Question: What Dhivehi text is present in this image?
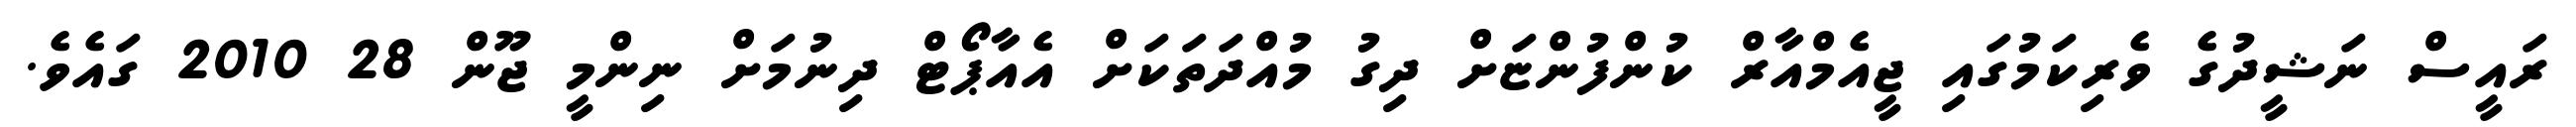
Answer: ރައީސް ނަޝީދުގެ ވެރިކަމުގައި ޖީއެމްއާރް ކުންފުންޏަށް ދިގު މުއްދަތަކަށް އެއާޕޯޓް ދިނުމަށް ނިންމީ ޖޫން 28 2010 ގައެވެ.